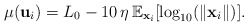
\begin{align*}\mu(\mathbf{u}_{i})=L_{0}-10\,\eta\,\mathbb{E}_{\mathrm{\mathbf{x}}_{i}}[\log_{10}(\Vert\mathbf{x}_{i}\Vert)].\end{align*}